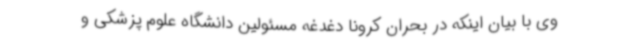
وی با بیان اینکه در بحران کرونا دغدغه مسئولین دانشگاه علوم پزشکی و